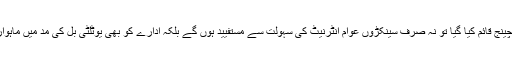
اگر اس علاقے میں ایک نیا اکسچینج قائم کیا گیا تو نہ صرف سینکڑوں عوام انٹرنیٹ کی سہولت سے مستفیید ہوں گے بلکہ ادارے کو بھی یوٹلٹی بل کی مد میں ماہوار لاکھوں روپے آمدنی آئے گی۔